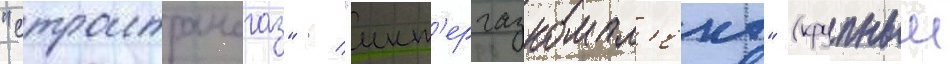
"строитрансгаз" / "инт'ергазкомпл'ект" (крупныи